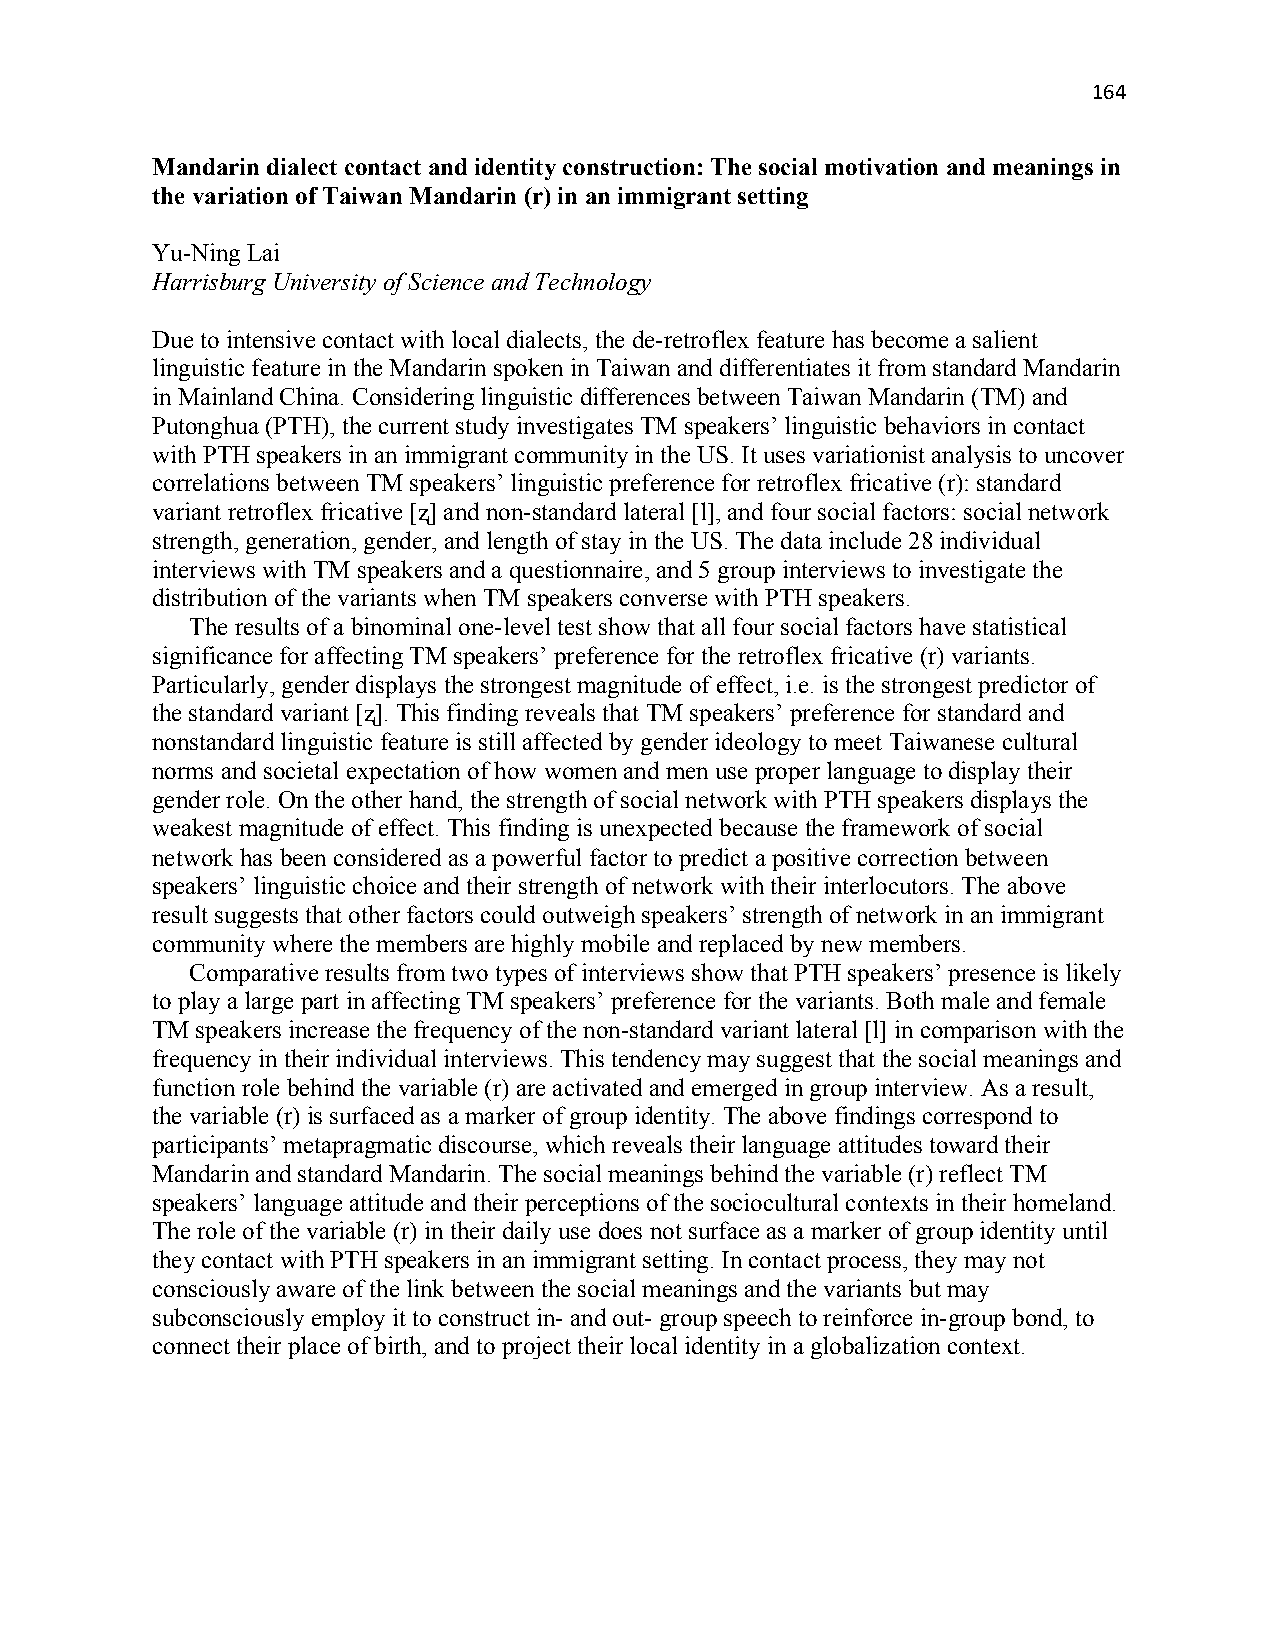
164
 Mandarin dialect contact and identity construction: The social motivation and meanings in
 the variation of Taiwan Mandarin (r) in an immigrant setting
 Yu-Ning Lai
 Harrisburg University of Science and Technology
 Due to intensive contact with local dialects, the de-retroflex feature has become a salient
 linguistic feature in the Mandarin spoken in Taiwan and differentiates it from standard Mandarin
 in Mainland China. Considering linguistic differences between Taiwan Mandarin (TM) and
 Putonghua (PTH), the current study investigates TM speakers’ linguistic behaviors in contact
 with PTH speakers in an immigrant community in the US. It uses variationist analysis to uncover
 correlations between TM speakers’ linguistic preference for retroflex fricative (r): standard
 variant retroflex fricative [ʐ] and non-standard lateral [l], and four social factors: social network
 strength, generation, gender, and length of stay in the US. The data include 28 individual
 interviews with TM speakers and a questionnaire, and 5 group interviews to investigate the
 distribution of the variants when TM speakers converse with PTH speakers.
 The results of a binominal one-level test show that all four social factors have statistical
 significance for affecting TM speakers’ preference for the retroflex fricative (r) variants.
 Particularly, gender displays the strongest magnitude of effect, i.e. is the strongest predictor of
 the standard variant [ʐ]. This finding reveals that TM speakers’ preference for standard and
 nonstandard linguistic feature is still affected by gender ideology to meet Taiwanese cultural
 norms and societal expectation of how women and men use proper language to display their
 gender role. On the other hand, the strength of social network with PTH speakers displays the
 weakest magnitude of effect. This finding is unexpected because the framework of social
 network has been considered as a powerful factor to predict a positive correction between
 speakers’ linguistic choice and their strength of network with their interlocutors. The above
 result suggests that other factors could outweigh speakers’ strength of network in an immigrant
 community where the members are highly mobile and replaced by new members.
 Comparative results from two types of interviews show that PTH speakers’ presence is likely
 to play a large part in affecting TM speakers’ preference for the variants. Both male and female
 TM speakers increase the frequency of the non-standard variant lateral [l] in comparison with the
 frequency in their individual interviews. This tendency may suggest that the social meanings and
 function role behind the variable (r) are activated and emerged in group interview. As a result,
 the variable (r) is surfaced as a marker of group identity. The above findings correspond to
 participants’ metapragmatic discourse, which reveals their language attitudes toward their
 Mandarin and standard Mandarin. The social meanings behind the variable (r) reflect TM
 speakers’ language attitude and their perceptions of the sociocultural contexts in their homeland.
 The role of the variable (r) in their daily use does not surface as a marker of group identity until
 they contact with PTH speakers in an immigrant setting. In contact process, they may not
 consciously aware of the link between the social meanings and the variants but may
 subconsciously employ it to construct in- and out- group speech to reinforce in-group bond, to
 connect their place of birth, and to project their local identity in a globalization context.